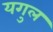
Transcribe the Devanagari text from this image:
यगुल